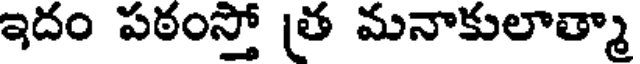
ఇదం పఠంస్తో [త మనాకులాత్మా